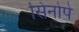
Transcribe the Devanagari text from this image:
सिनोपे